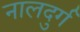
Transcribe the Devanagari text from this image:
नालदुर्ग